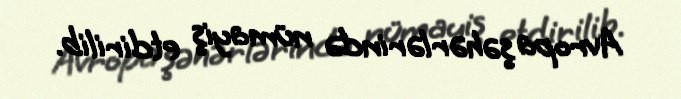
Avropa şəhərlərində nümayiş etdirilib.